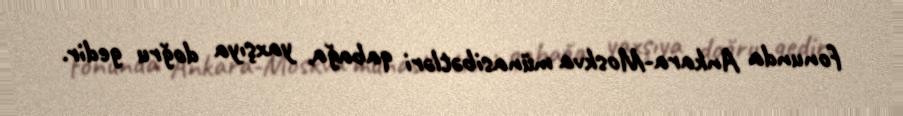
fonunda Ankara-Moskva münasibətləri qabağa, yaxşıya doğru gedir.